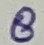
Text: 8